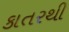
કાતરથી